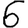
Digit: 6